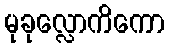
မုခုလ္လောကိကော